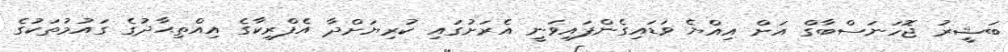
ބަޝީރު ޖޮހަނަސްބާގް އަށް އިއްޔެ ވަޑައިގެންފައިވަނީ އެރަށުގައި ކުރިޔަށްދާ އެފްރިކާގެ އިއްތިޙާދުގެ ގައުމުތަކުގެ